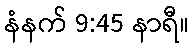
နံနက် 9:45 နာရီ။